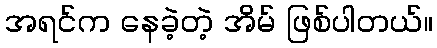
အရင်က နေခဲ့တဲ့ အိမ် ဖြစ်ပါတယ်။